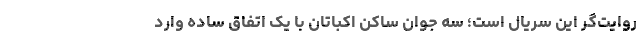
روایت‌گر این سریال است؛ سه جوان ساکن اکباتان با یک اتفاق ساده وارد